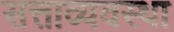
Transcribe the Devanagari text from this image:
सत्ताव्यवस्था